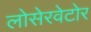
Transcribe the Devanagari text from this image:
लोसेरवेटोर